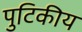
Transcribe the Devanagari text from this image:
पुटिकीय